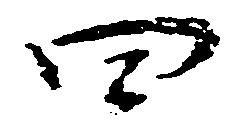
四